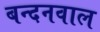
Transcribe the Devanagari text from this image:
बन्दनवाल